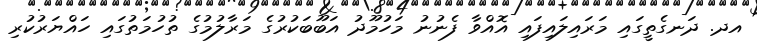
އދ. ދަނގެތީގައި މަރައިލައިފައި އޮއްވާ ފެނުނު މަހުމޫދު އަބޫބަކުރުގެ މަރާލުމުގެ ތުހުމަތުގައި ހައްޔަރުކުރި